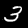
Label: 3